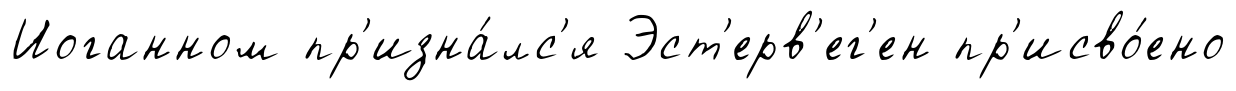
Иоганном пр'изна́лс'я Эст'ерв'ег'ен пр'исво́ено